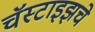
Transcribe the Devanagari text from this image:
चॅस्टाइझचे